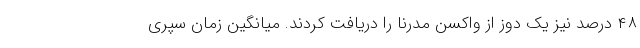
۴۸ درصد نیز یک دوز از واکسن مدرنا را دریافت کردند. میانگین زمان سپری